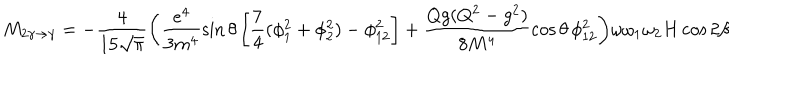
LaTeX: M _ { 2 \gamma \to \gamma } = - \frac { 4 } { 1 5 \sqrt { \pi } } \biggl ( \frac { e ^ { 4 } } { 3 m ^ { 4 } } \sin \theta \left[ \frac { 7 } { 4 } ( \phi _ { 1 } ^ { 2 } + \phi _ { 2 } ^ { 2 } ) - \phi _ { 1 2 } ^ { 2 } \right] + \frac { Q g ( Q ^ { 2 } - g ^ { 2 } ) } { 8 M ^ { 4 } } \cos \theta \, \phi _ { 1 2 } ^ { 2 } \biggr ) \omega \omega _ { 1 } \omega _ { 2 } H \cos 2 \beta